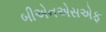
બીએનએસએફ